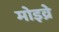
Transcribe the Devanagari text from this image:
मोइव्रे